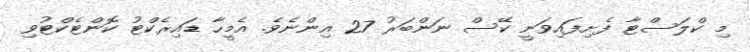
މި ކްލަސްޓާ ފެށިފައިވަނީ ކޭސް ނަންބަރު 27 އިންނެވެ. އެމީހާ ޑައިރެކްޓު ކޮންޓެކްޓުވި